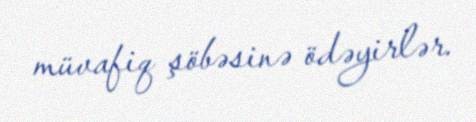
müvafiq şöbəsinə ödəyirlər.